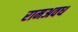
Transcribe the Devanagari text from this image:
रामअवध